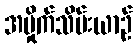
အမှိုက်သိမ်းယာဉ်